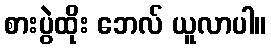
စားပွဲထိုး ဘေလ် ယူလာပါ။